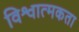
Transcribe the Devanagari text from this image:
विश्वात्मकता